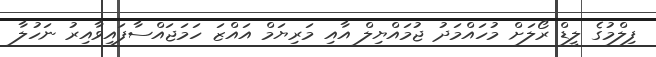
ފިލްމުގެ ލީޑް ރޯލަށް މުހައްމަދު ޖުމައްޔިލް އާއި މަރިޔަމް އައްޒަ ހަމަޖައްސާފައިވާއިރު ނަހުލާ